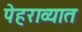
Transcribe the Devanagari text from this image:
पेहराव्यात